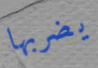
يضربها